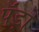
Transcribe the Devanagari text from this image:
पॅंड़ो